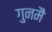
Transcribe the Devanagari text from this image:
गुनमैं